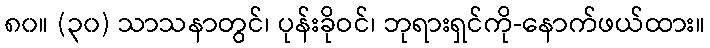
၈၀။ (၃၀) သာသနာတွင်၊ ပုန်းခိုဝင်၊ ဘုရားရှင်ကို-နောက်ဖယ်ထား။